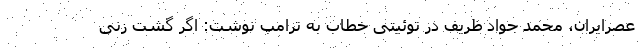
عصرایران، محمد جواد ظریف در توئیتی خطاب به ترامپ نوشت: اگر گشت زنی